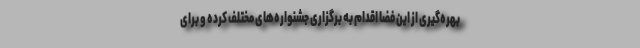
بهره‌گیری از این فضا اقدام به برگزاری جشنواره‌های مختلف کرده و برای